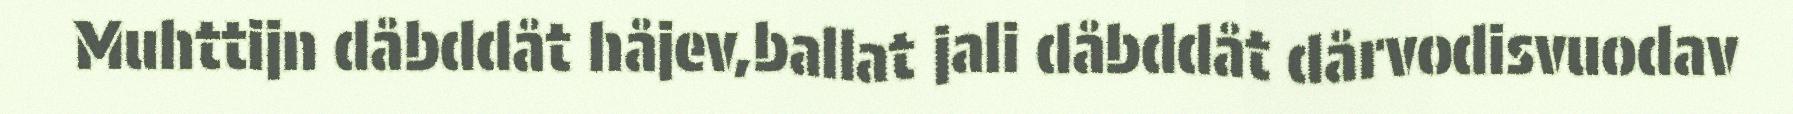
Muhttijn dåbddåt håjev,ballat jali dåbddåt dårvodisvuodav